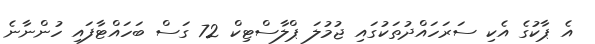
އެ ޕާކުގެ އެކި ސަރަހައްދުތަކުގައި ޖުމުލަ ޕްލާސްޓިކް 72 ގަސް ބަހައްޓާފައި ހުންނާނެ